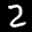
Label: 2